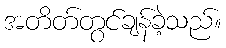
အတိတ်တွင်ချန်ခဲ့သည်။